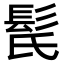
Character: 𩬁